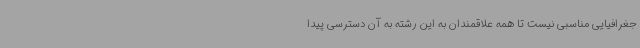
جغرافیایی مناسبی نیست تا همه علاقمندان به این رشته به آن دسترسی پیدا